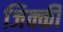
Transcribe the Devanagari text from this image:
जिक्की